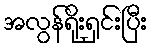
အလွန်ရိုးရှင်းပြီး